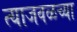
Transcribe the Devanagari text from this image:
त्याजवळच्या